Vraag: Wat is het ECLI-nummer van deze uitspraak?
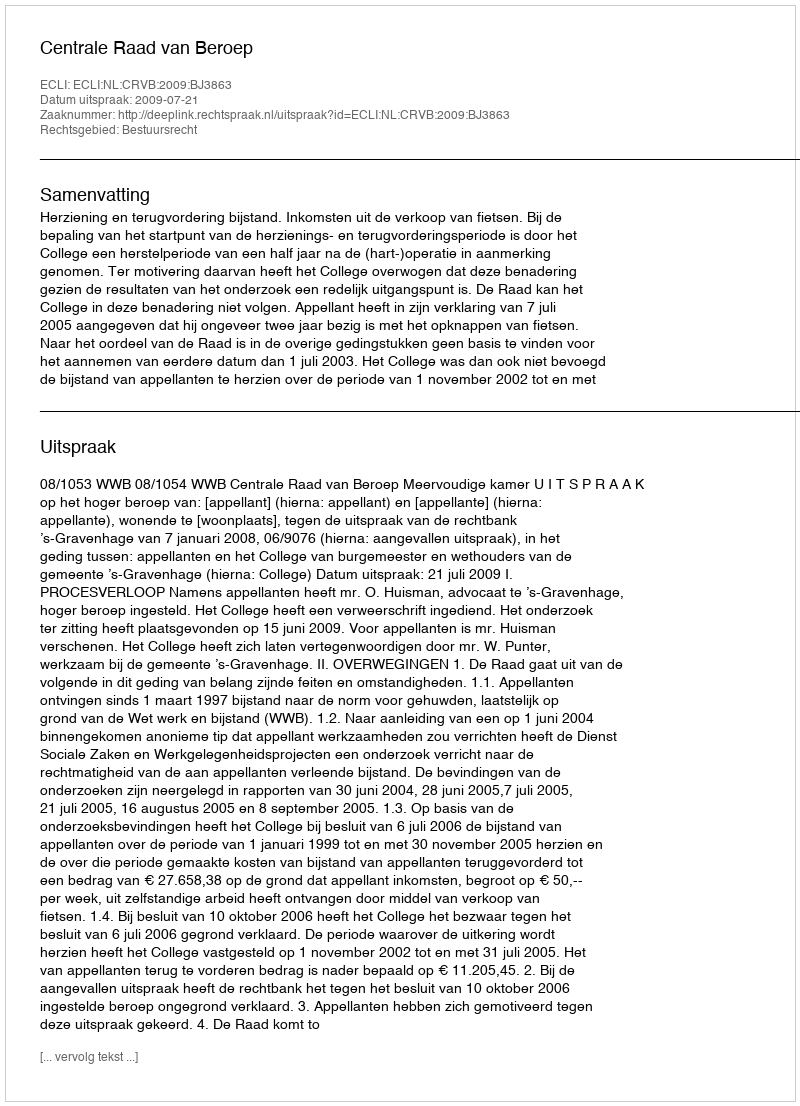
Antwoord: ECLI:NL:CRVB:2009:BJ3863